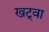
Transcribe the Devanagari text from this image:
खट्वा